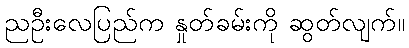
ညဦးလေပြည်က နှုတ်ခမ်းကို ဆွတ်လျက်။